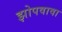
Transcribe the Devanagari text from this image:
झोपवावा